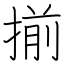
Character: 揃